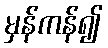
မှန်ကန်၍